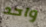
واحد